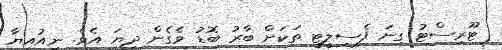
ޓޫރިސްޓު ގިނަ ފެސިލީޓީ ތަކަށް ބާރު ބޮޑު ވެގެން ދިޔަ އެވެ. ނިއުއިޔާ